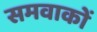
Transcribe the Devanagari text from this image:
समवाकों